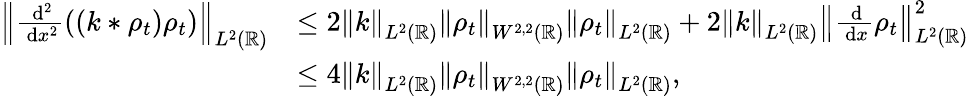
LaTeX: \begin{array}{rl}{\left\lVert\frac{\, \mathrm{d}^{2}}{\, \mathrm{d}x^{2}}((k*\rho_{t})\rho_{t})\right\rVert_{L^{2}(\mathbb{R})}}&{\le 2\left\lVert k\right\rVert_{L^{2}(\mathbb{R})}\left\lVert\rho_{t}\right\rVert_{W^{2,2}(\mathbb{R})}\left\lVert\rho_{t}\right\rVert_{L^{2}(\mathbb{R})}+2\left\lVert k\right\rVert_{L^{2}(\mathbb{R})}\left\lVert\frac{\, \mathrm{d}}{\, \mathrm{d}x}\rho_{t}\right\rVert_{L^{2}(\mathbb{R})}^{2}}\\ &{\le 4\left\lVert k\right\rVert_{L^{2}(\mathbb{R})}\left\lVert\rho_{t}\right\rVert_{W^{2,2}(\mathbb{R})}\left\lVert\rho_{t}\right\rVert_{L^{2}(\mathbb{R})},}\end{array}